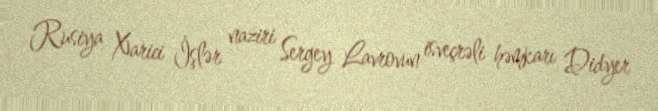
Rusiya Xarici İşlər naziri Sergey Lavrovun isveçrəli həmkarı Didyer